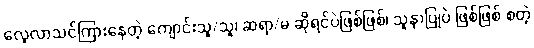
လေ့လာသင်ကြားနေတဲ့ ကျောင်းသူ/သူ၊ ဆရာ/မ ဆိုရင်ပဲဖြစ်ဖြစ်၊ သူနာပြုပဲ ဖြစ်ဖြစ် စတဲ့